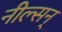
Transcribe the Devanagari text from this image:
नील्सन्